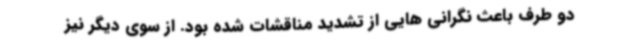
دو طرف باعث نگرانی هایی از تشدید مناقشات شده بود. از سوی دیگر نیز